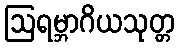
ဩရမ္ဘာဂိယသုတ္တ